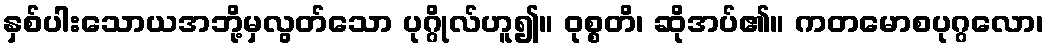
နှစ်ပါးသောယအဘို့မှလွတ်သော ပုဂ္ဂိုလ်ဟူ၍။ ဝုစ္စတိ၊ ဆိုအပ်၏။ ကတမောစပုဂ္ဂလော၊